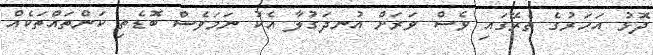
ދޮޅު އަހަރުގެ ތެރޭގައި ވެސް ވަރަށް އުނދަގުލާ އެކު ނަމަވެސް ބޮޑެތި ކަންތައްތަކެއް